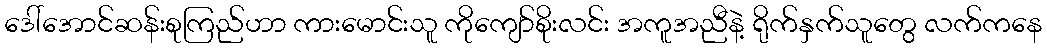
ဒေါ်အောင်ဆန်းစုကြည်ဟာ ကားမောင်းသူ ကိုကျော်စိုးလင်း အကူအညီနဲ့ ရိုက်နှက်သူတွေ လက်ကနေ